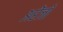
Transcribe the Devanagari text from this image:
अरेंजो